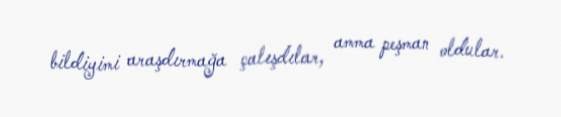
bildiyimi araşdırmağa çalışdılar, amma peşman oldular.